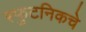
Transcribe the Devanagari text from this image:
स्फुटनिकचे